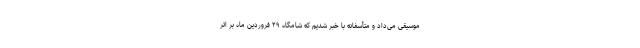
موسیقی می‌داد و متأسفانه با خبر شدیم که شامگاه ۲۹ فروردین ماه بر اثر